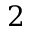
2